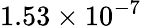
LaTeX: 1.53\times{{10}^{-7}}